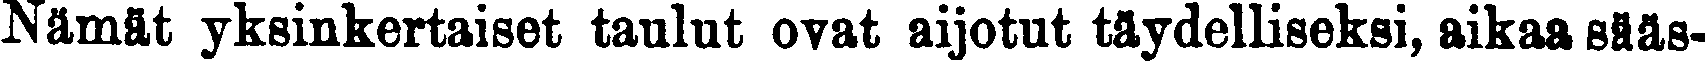
Nämät yksinkertaiset taulut ovat aijotut täydelliseksi, aikaa sääs-